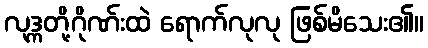
လုဒ္ကတို့ဂိုဏ်းထဲ ရောက်လုလု ဖြစ်မိသေး၏။